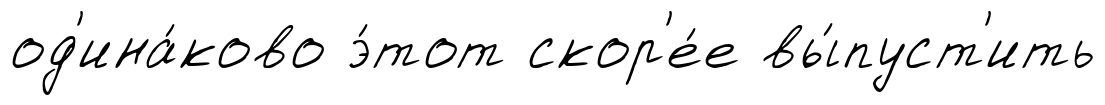
од'ина́ково э́тот скор'е́е вы́пуст'ить